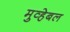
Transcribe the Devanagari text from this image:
मुव्हेबल